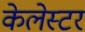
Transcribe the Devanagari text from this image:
केलेस्टर